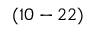
( 1 0 - 2 2 )